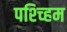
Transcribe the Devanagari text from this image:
पश्च्हिम